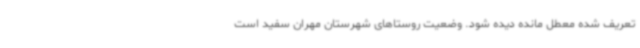
تعریف شده معطل مانده دیده شود. وضعیت روستاهای شهرستان مهران سفید است